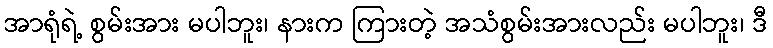
အာရုံရဲ့ စွမ်းအား မပါဘူး၊ နားက ကြားတဲ့ အသံစွမ်းအားလည်း မပါဘူး၊ ဒီ